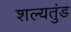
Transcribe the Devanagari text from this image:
शल्यतुंड